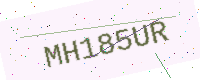
Text: MH185UR